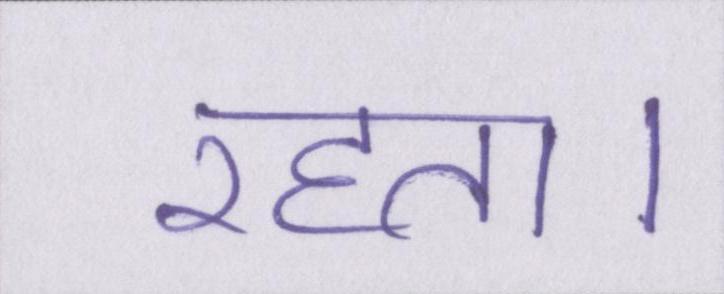
रहता।